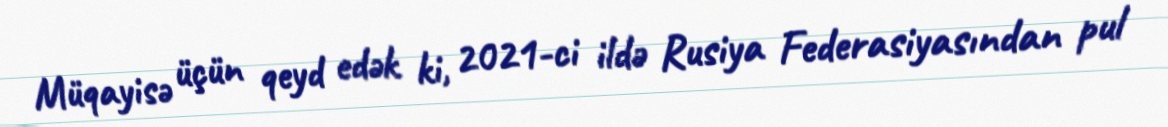
Müqayisə üçün qeyd edək ki, 2021-ci ildə Rusiya Federasiyasından pul